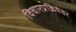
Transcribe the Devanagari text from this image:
विचारप्रक्रियेवर